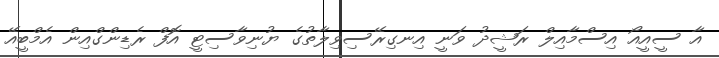
އާ ސީއީއޯ އިސްމާއިލް ރަޝީދު ވަނީ އިނގިރޭސިވިލާތުގެ ޔުނިވާސިޓީ އޮފް ރެޑިންގްއިން އެމްބީއޭ